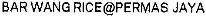
BAR WANG RICE@PERMAS JAYA